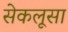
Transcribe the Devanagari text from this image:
सेकलूसा